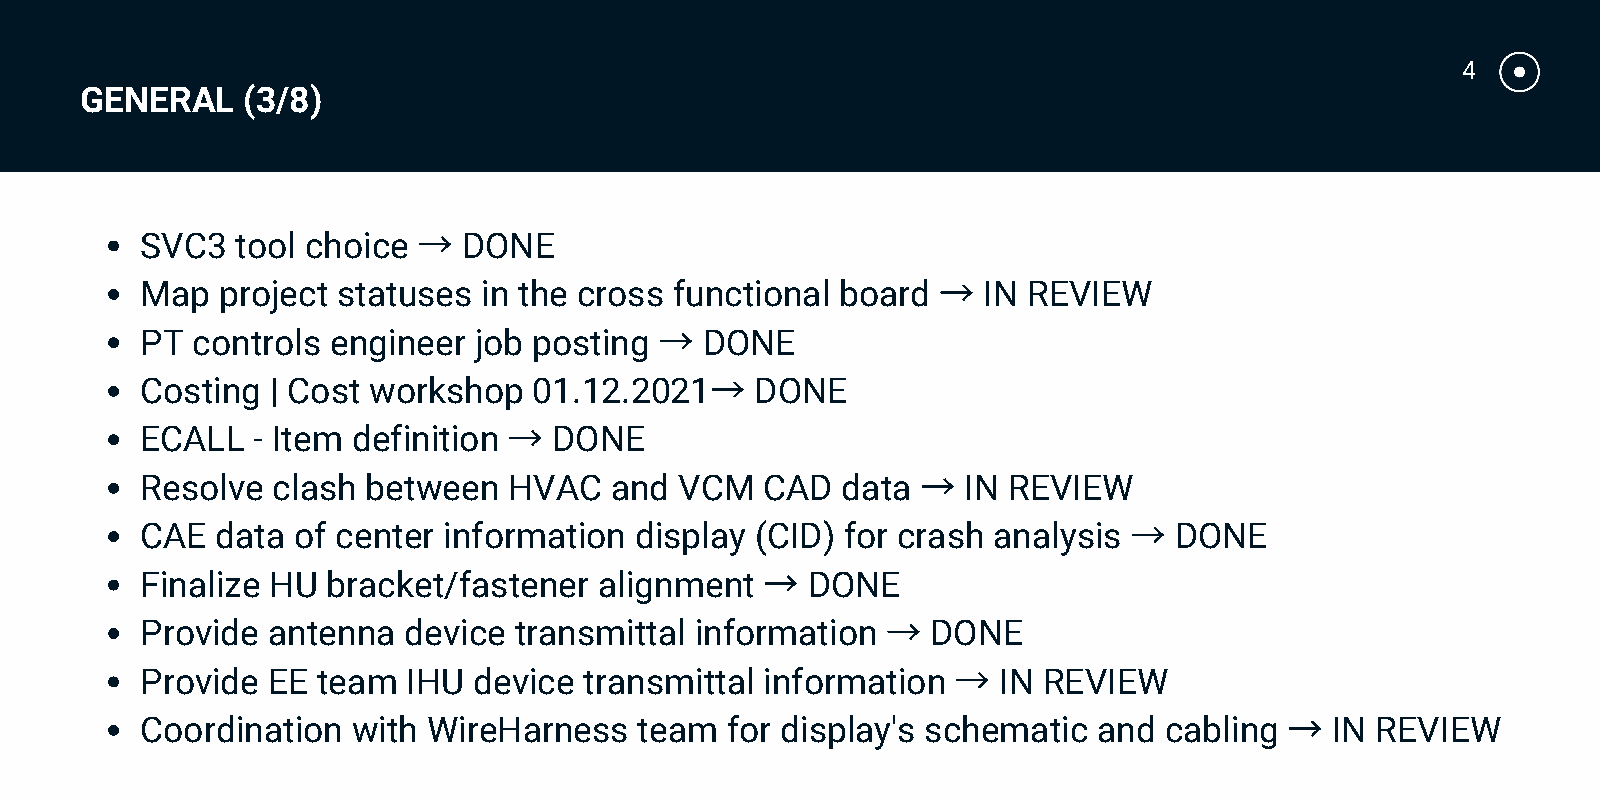
4
 GENERAL    (3/8)
 →
 SVC3   tool choice    DONE
 →
 Map  project statuses  in the cross functional board    IN REVIEW
 →
 PT  controls engineer job posting     DONE
 →
 Costing  | Cost workshop  01.12.2021     DONE
 →
 ECALL   - Item definition   DONE
 →
 Resolve  clash between   HVAC  and  VCM   CAD  data    IN REVIEW
 →
 CAE  data of center information  display (CID) for crash analysis    DONE
 →
 Finalize HU  bracket/fastener  alignment    DONE
 →
 Provide  antenna  device transmittal information     DONE
 →
 Provide  EE team  IHU device  transmittal information    IN REVIEW
 →
 Coordination  with WireHarness   team  for display's schematic  and cabling    IN REVIEW